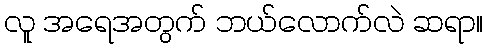
လူ အရေအတွက် ဘယ်လောက်လဲ ဆရာ။